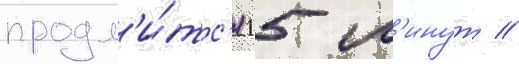
продл'и́тс'я 15 м'инут //